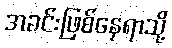
အခင်းဖြစ်နေရာသို့